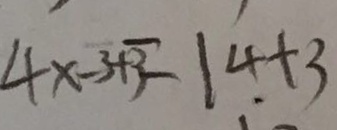
4 x - 3 + 3 = 1 4 + 3